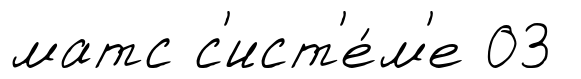
матс с'ист'е́м'е 03